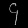
Digit: ၄